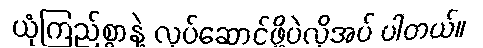
ယုံကြည်စွာနဲ့ လုပ်ဆောင်ဖို့ပဲလိုအပ် ပါတယ်။